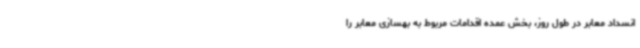
انسداد معابر در طول روز، بخش عمده اقدامات مربوط به بهسازی معابر را